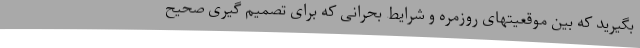
بگیرید که بین موقعیتهای روزمره و شرایط بحرانی که برای تصمیم گیری صحیح